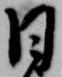
日